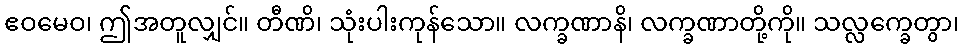
ဧဝမေဝ၊ ဤအတူလျှင်။ တီဏိ၊ သုံးပါးကုန်သော။ လက္ခဏာနိ၊ လက္ခဏာတို့ကို။ သလ္လက္ခေတွာ၊